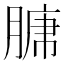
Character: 𮌣